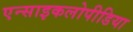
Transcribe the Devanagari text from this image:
एन्साइकलोपीडिया